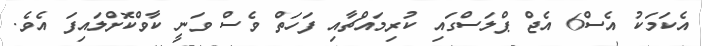
އެކަމަކު އެސް6 އެޖް ޕްލަސްގައި ކުރިމައްޗާއި ފަހަތް ވެސް ވަނީ ކާވްކޮށްލައިފަ އެވެ.